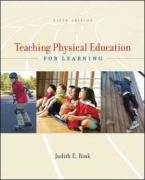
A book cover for Teaching Physical Education for Learning; Judith Rink; Sports & Outdoors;